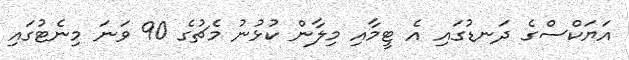
އަޔަކްސްގެ ދަނޑުގައި އެ ޓީމާއި މިލާން ކުޅުނު މެޗުގެ 90 ވަނަ މިނެޓުގައި